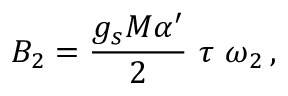
B _ { 2 } = \frac { g _ { s } M \alpha ^ { \prime } } { 2 } \ \tau \ \omega _ { 2 } \, ,